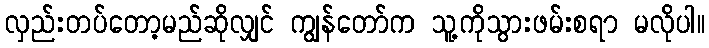
လှည်းတပ်တော့မည်ဆိုလျှင် ကျွန်တော်က သူ့ကိုသွားဖမ်းစရာ မလိုပါ။